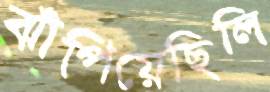
ঝাঁপিয়েছিলি